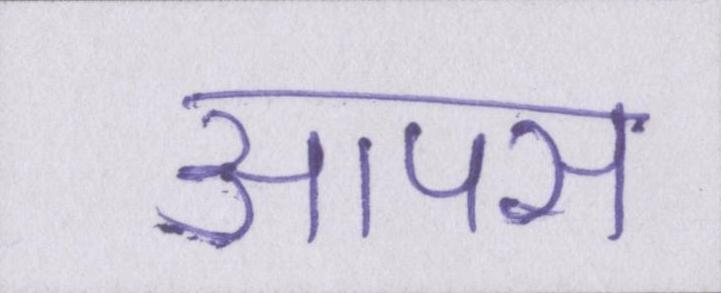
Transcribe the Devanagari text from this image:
आपस